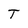
Character: T